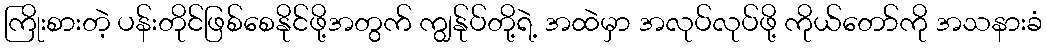
ကြိုးစားတဲ့ ပန်းတိုင်ဖြစ်စေနိုင်ဖို့အတွက် ကျွန်ုပ်တို့ရဲ့ အထဲမှာ အလုပ်လုပ်ဖို့ ကိုယ်တော်ကို အသနားခံ